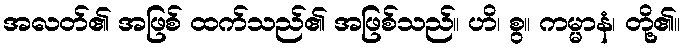
အလတ်၏ အဖြစ် ထက်သည်၏ အဖြစ်သည်။ ဟိ၊ စွ။ ကမ္မာနံ၊ တို့၏။